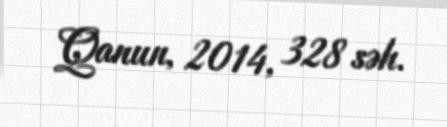
Qanun, 2014, 328 səh.